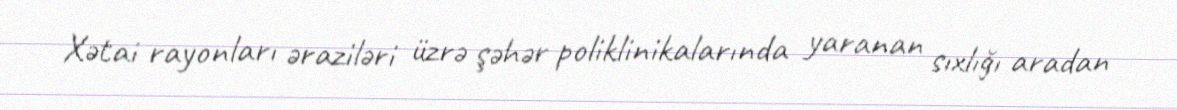
Xətai rayonları əraziləri üzrə şəhər poliklinikalarında yaranan sıxlığı aradan